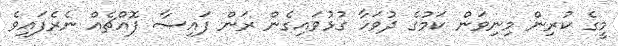
މީގެ ކުރިން މިނިވަން ކަމުގެ ދުވަހާ ގުޅުވައިގެން ރަން ފައިސާ ފޮއްޗެއް ނެރެފައިވެ